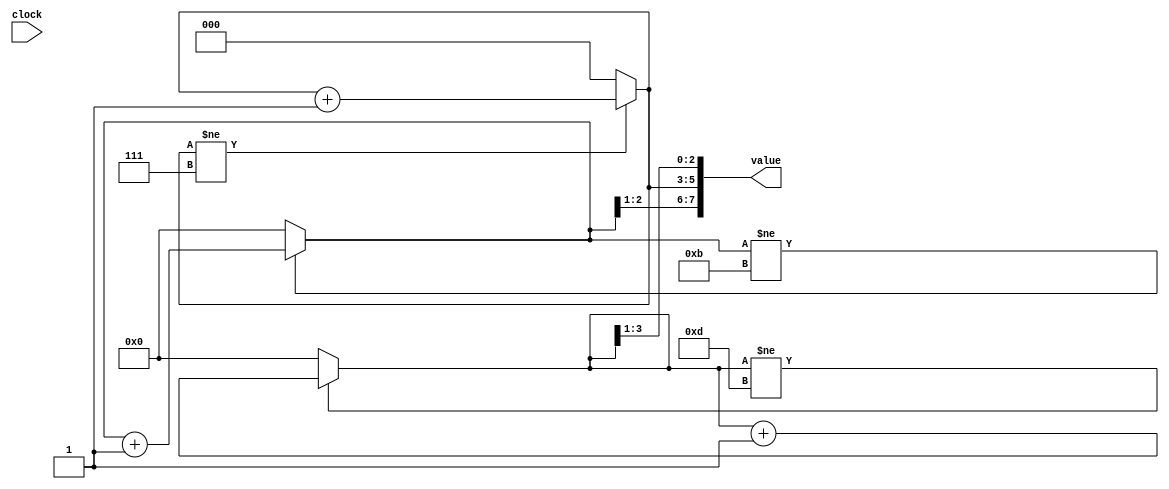
module Randomizer(input clock, output reg [7:0] value);
	reg [2:0] counter5;
	reg [2:0] counter7;
	reg [3:0] counter11;
	reg [3:0] counter13;
	
	always@(clock) begin
		counter5 <= (counter5!=5) ? counter5 + 1:0;
		counter7 <= (counter7!=7) ? counter7 + 1:0;
		counter11 <= (counter11!=11) ? counter11 + 1:0;
		counter13 <= (counter13!=13) ? counter13 + 1:0;
		value <= {counter5, counter11[3:1], counter7, counter13[3:1]};
	end
	//assign value = ( (counter5 * counter7)^counter11 ) - counter13;
	// assign value = {counter5, counter11[3:1], counter7, counter13[3:1]};
endmodule